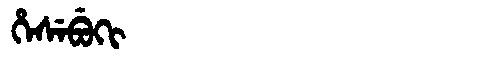
Manchu: ᡥᡝᠰᡝᠪᡠᡴᡳ
Romanization: HESEBUKI